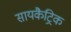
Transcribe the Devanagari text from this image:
सायकैट्रिक